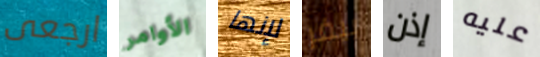
ارجعى الأوامر لإنها بيفر إذن عليه